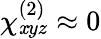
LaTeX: \chi_{\mathit{x}yz}^{(2)}\approx0